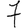
Digit: 7